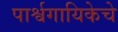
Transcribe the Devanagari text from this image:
पार्श्वगायिकेचे